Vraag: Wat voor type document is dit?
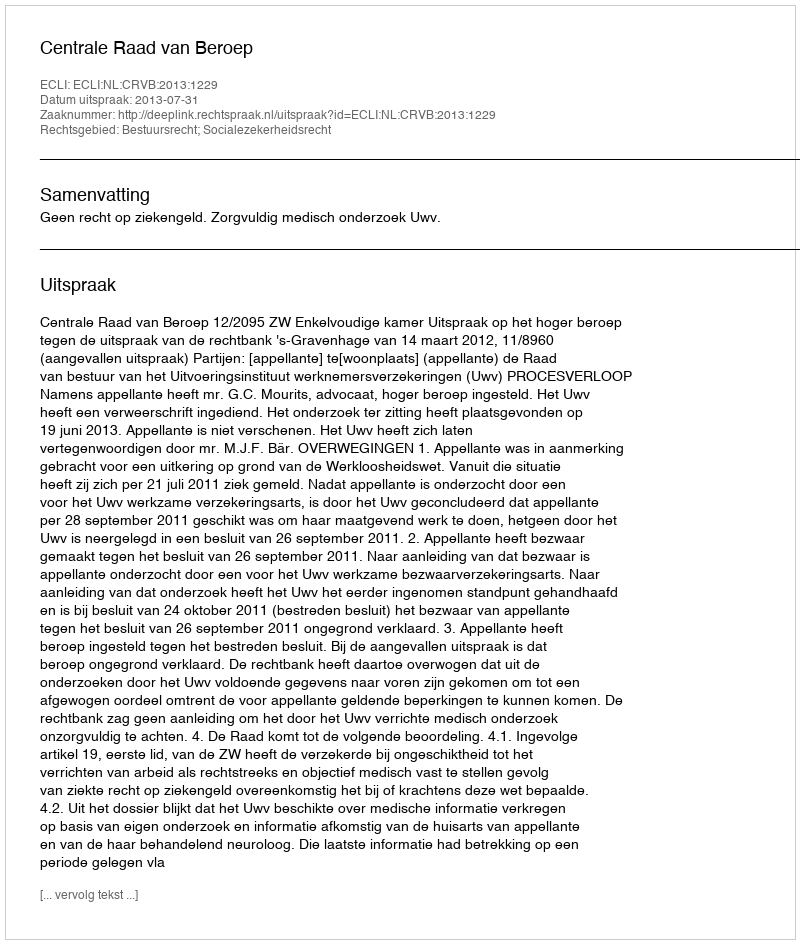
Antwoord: Uitspraak